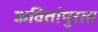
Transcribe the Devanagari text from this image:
कवितांपुरता